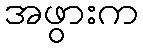
အဖွားက